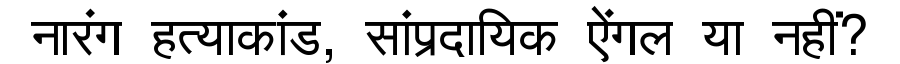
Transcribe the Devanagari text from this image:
नारंग हत्याकांड, सांप्रदायिक ऐंगल या नहीं?